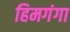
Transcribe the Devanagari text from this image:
हिमगंगा